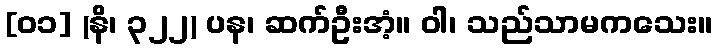
[၀၁] (နိ၊ ၃၂၂) ပန၊ ဆက်ဦးအံ့။ ဝါ၊ သည်သာမကသေး။